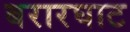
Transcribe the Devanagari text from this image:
बरारघाट